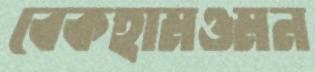
বেকহামওমন